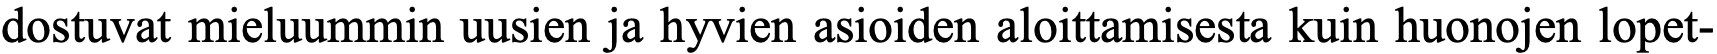
dostuvat mieluummin uusien ja hyvien asioiden aloittamisesta kuin huonojen lopet-